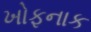
ખોફનાક